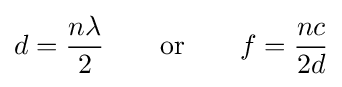
d={\frac {n\lambda }{2}}\quad \quad {\text{or}}\quad \quad f={\frac {nc}{2d}}